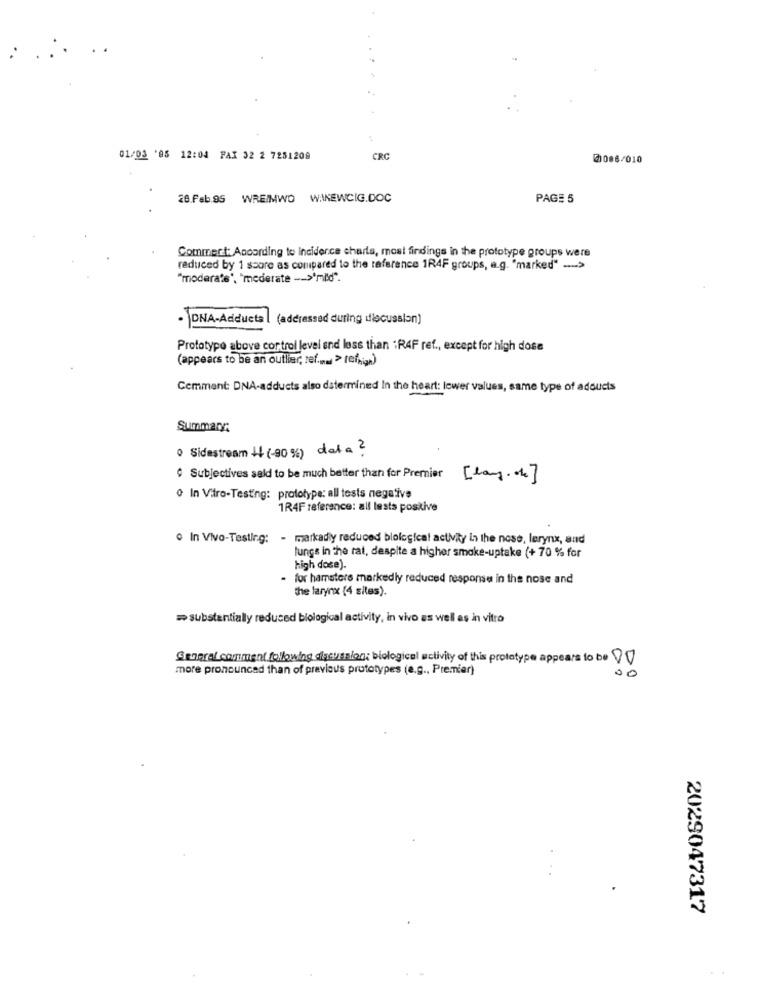
01/03 '05 12:04 FAX 32 2 7251208
CRC
20086/010
28.Feb.95 WREIMWO WANEWCIG.DOC
PAGE 5
Commert: According to incidence charts, most findings in the prototype groups were
reduced by 1 score as compared to the taference 1RAF groups, a.g. "marked" -.- >
"moderate', "mederate -- >'mild".
· DNA-Addueta | (addressed during discussion)
Prototype above cortrol level and less than 1RAF ref ., except for high dose
(appears to be an outliar, ref.mu > tefrigh)
Cemment DNA-adducts also datermined In the heart: lower values, same type of adoucis
Summanr
· Sidestream 4 (-90 %) data ?
· Subjectives seld to be much better than for Premier [lang. . ]
0 In Vitro-Testing: prototype: all tests negative
1R4F reference: all lests positive
o In Vivo-Testing: - markadiy reduced blological activity in the nose, lerynx, and
lungs in the rat, despite a higher smake-uptake (+ 70 % for
high dose).
- for hamsters markedly reduced response in the nose and
the larynx (4 siles).
= substantially reduced biological activity, in vivo as well as in vitro
General comment following discussion; biological activity of this prototype appears to be 90
more pronounced than of previous prototypes (e.g ., Premier)
00
2029047317